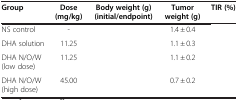
<table><thead><tr><td><b>Group</b></td><td><b>Dose (mg/kg)</b></td><td><b>Body weight (g) (initial/endpoint)</b></td><td><b>Tumor weight (g)</b></td><td><b>TIR (%)</b></td></tr></thead><tbody><tr><td>NS control</td><td>-</td><td>[EMPTY_CELL]</td><td>1.4 ± 0.4</td><td>[EMPTY_CELL]</td></tr><tr><td>DHA solution</td><td>11.25</td><td>[EMPTY_CELL]</td><td>1.1 ± 0.3</td><td>[EMPTY_CELL]</td></tr><tr><td>DHA N/O/W (low dose)</td><td>11.25</td><td>[EMPTY_CELL]</td><td>1.1 ± 0.2</td><td>[EMPTY_CELL]</td></tr><tr><td>DHA N/O/W (high dose)</td><td>45.00</td><td>[EMPTY_CELL]</td><td>0.7 ± 0.2</td><td>[EMPTY_CELL]</td></tr></tbody></table>